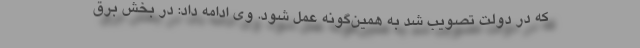
که در دولت تصویب شد به همین‌گونه عمل ‌شود. وی ادامه داد: در بخش برق